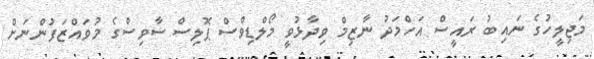
މަޖިލީހުގެ ނައިބު ރައީސް އަހްމަދު ނާޒިމް ވިދާޅުވީ މޯލްޑިވްސް ޕޮލިސް ސާވިސްގެ މުވައްޒަފުންނަށް